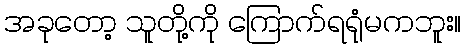
အခုတော့ သူတို့ကို ကြောက်ရရုံမကဘူး။